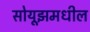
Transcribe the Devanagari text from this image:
सोयूझमधील